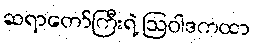
ဆရာတော်ကြီးရဲ့ ဩဝါဒကထာ